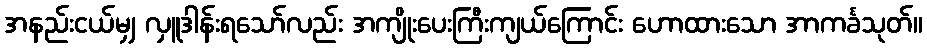
အနည်းငယ်မျှ လှူဒါန်းရသော်လည်း အကျိုးပေးကြီးကျယ်ကြောင်း ဟောထားသော အာကင်္ခသုတ်။